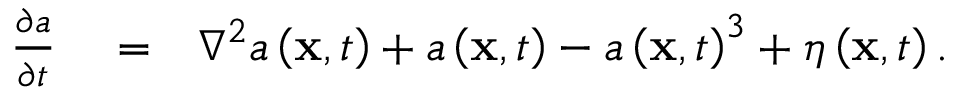
\begin{array} { r l r } { \frac { \partial a } { \partial t } } & { { } = } & { \nabla ^ { 2 } a \left( \mathbf { x } , t \right) + a \left( \mathbf { x } , t \right) - a \left( \mathbf { x } , t \right) ^ { 3 } + \eta \left( \mathbf { x } , t \right) . } \end{array}